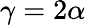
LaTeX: \gamma=2\alpha